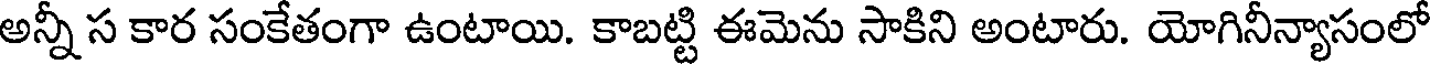
అన్నీ స కార సంకేతంగా ఉంటాయి. కాబట్టి ఈమెను సాకిని అంటారు. యోగినీన్యాసంలో